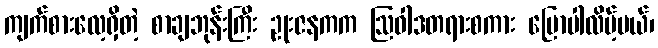
ကျက်စားလေ့ရှိတဲ့ စာချဘုန်းကြီး ဥုးဇနကက ဩဝါဒတရားစကား ပြောပါလိမ့်မယ်၊